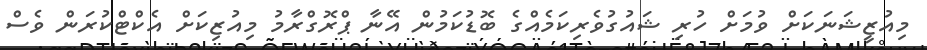
މިއުޒީޝަނަކަށް ވުމަށް ހުރި ޝައުގުވެރިކަމެއްގެ ބޮޑުކަމުން އޭނާ ޕްރޮގްރާމު މިއުޒިކަށް އެކްޓްކުރަން ވެސް